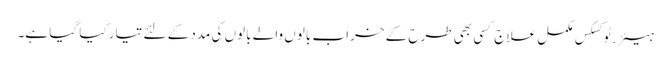
ہیئر.ٹوکسکس مکمل علاج کسی بھی طرح کے خراب بالوں والے بالوں کی مدد کے لئے تیار کیا گیا ہے۔